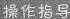
操作指导